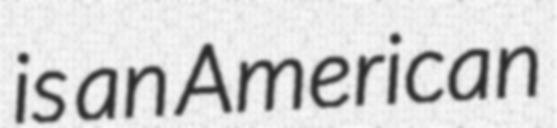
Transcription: is an American